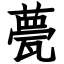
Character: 甍